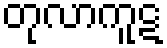
တုလာကူဋ